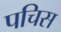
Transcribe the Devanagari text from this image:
पचिस